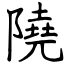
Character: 隢